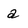
Character: a